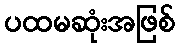
ပထမဆုံးအဖြစ်